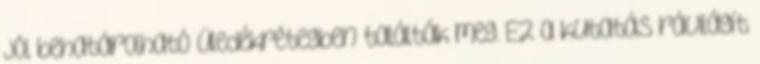
jól behatárolható üledékrétegben találták meg. Ez a kutatás rávilágít